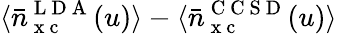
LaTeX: \langle\bar{n}_{\mathrm{~x~c~}}^{\mathrm{~L~D~A~}}(u)\rangle-\langle\bar{n}_{\mathrm{~x~c~}}^{\mathrm{~C~C~S~D~}}(u)\rangle